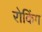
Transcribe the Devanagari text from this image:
रोकिंग